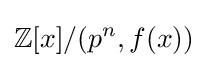
\mathbb {Z} [x]/(p^{n},f(x))